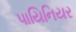
પાયિનિયર